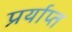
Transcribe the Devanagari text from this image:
प्रर्याप्‍त